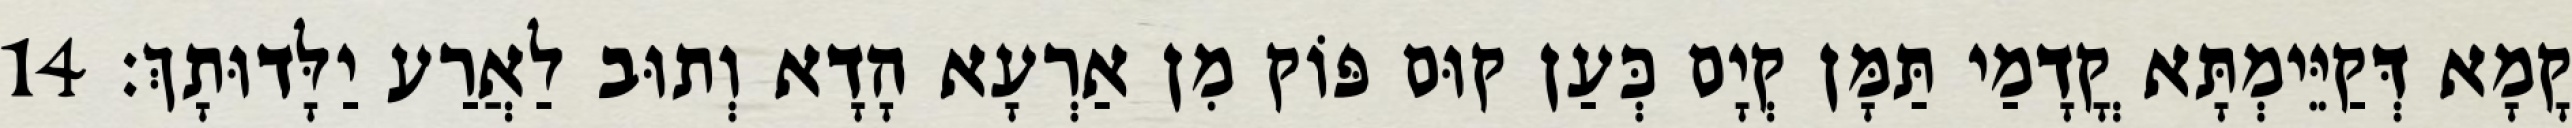
קָמָא דְּקַיֵּימְתָּא קֳדָמַי תַּמָּן קְיָם כְּעַן קוּם פּוֹק מִן אַרְעָא הָדָא וְתוּב לַאֲרַע יַלָּדוּתָךְ׃ 14